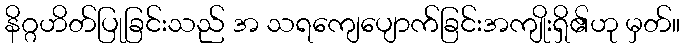
နိဂ္ဂဟိတ်ပြုခြင်းသည် အ သရကျေပျောက်ခြင်းအကျိုးရှိ၏ဟု မှတ်။